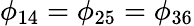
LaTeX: \phi_{14}=\phi_{25}=\phi_{36}